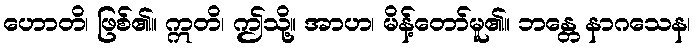
ဟောတိ၊ ဖြစ်၏။ ဣတိ၊ ဤသို့။ အာဟ၊ မိန့်တော်မူ၏။ ဘန္တေ နာဂသေန၊